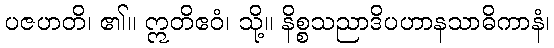
ပဇဟတိ၊ ၏။ ဣတိဧဝံ၊ သို့။ နိစ္စသညာဒိပဟာနသာဓိကာနံ၊